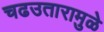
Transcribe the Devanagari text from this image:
चढउतारामुळे